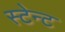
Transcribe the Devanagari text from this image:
स्टेन्ट